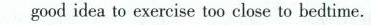
good idea to exercise too close to bedtime.